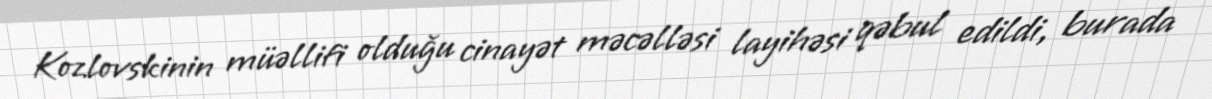
Kozlovskinin müəllifi olduğu cinayət məcəlləsi layihəsi qəbul edildi, burada